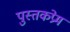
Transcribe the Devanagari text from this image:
पुस्तकप्रेम